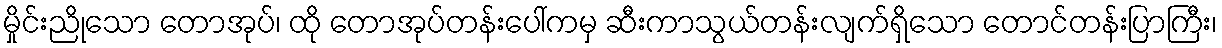
မှိုင်းညိုသော တောအုပ်၊ ထို တောအုပ်တန်းပေါ်ကမှ ဆီးကာသွယ်တန်းလျက်ရှိသော တောင်တန်းပြာကြီး၊